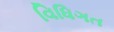
વિધિગત